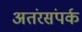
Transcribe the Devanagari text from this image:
अतंरसंपर्क